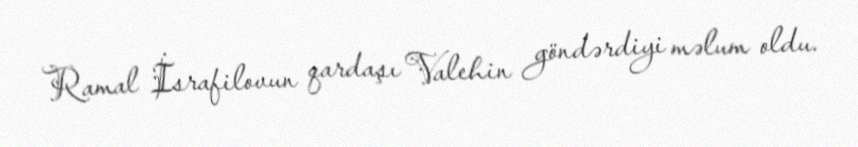
Ramal İsrafilovun qardaşı Valehin göndərdiyi məlum oldu.